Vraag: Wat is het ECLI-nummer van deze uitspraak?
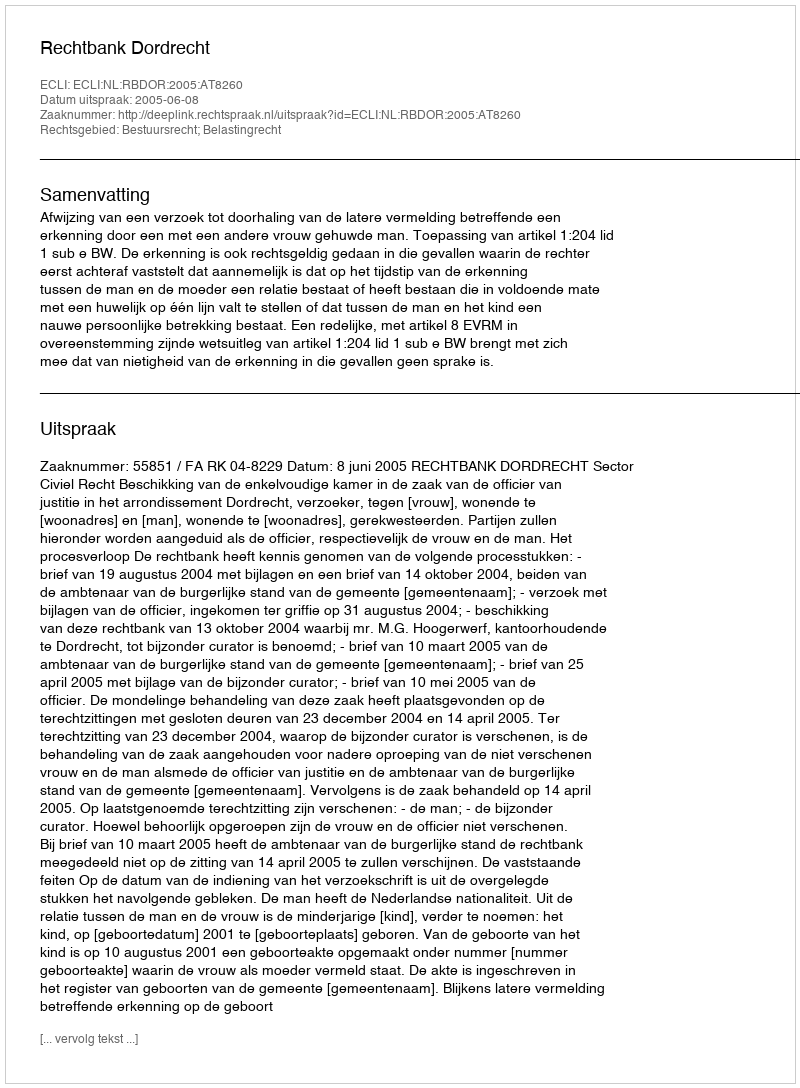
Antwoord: ECLI:NL:RBDOR:2005:AT8260